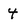
Character: 4